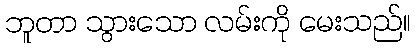
ဘူတာ သွားသော လမ်းကို မေးသည်။